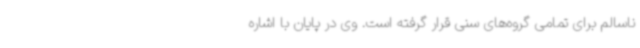
ناسالم برای تمامی گروه‌های سنی قرار گرفته است. وی در پایان با اشاره